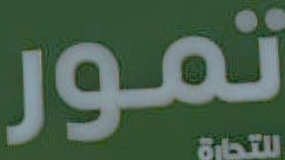
تمور